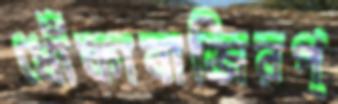
ধোঁকাবাজিরপ্